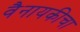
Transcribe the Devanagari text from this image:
वैनायकीचा